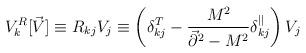
LaTeX: \begin{align*}V^R_k[\vec{V}]\equiv R_{kj}V_j \equiv \left(\delta^T_{kj} -{M^2 \over \vec{\partial}^2-M^2}\delta_{kj}^{||}\right)V_j\end{align*}